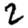
Digit: 2